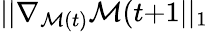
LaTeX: ||\nabla_{\mathcal{M}(t)}\mathcal{M}(t{+}1||_{1}